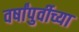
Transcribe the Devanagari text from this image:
वर्षांपुर्वीच्या